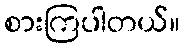
စားကြပါတယ်။